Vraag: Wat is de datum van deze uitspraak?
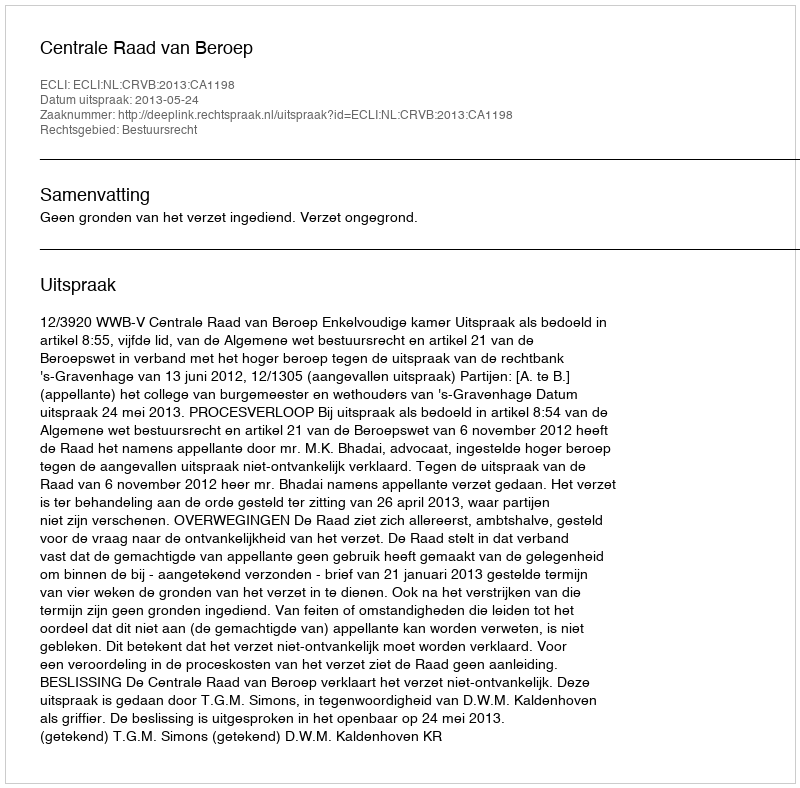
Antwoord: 2013-05-24